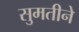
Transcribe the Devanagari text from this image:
सुमतीने